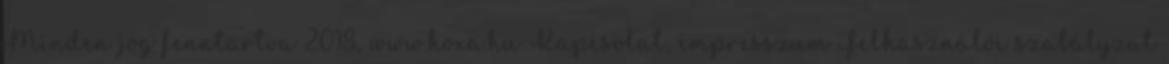
Minden jog fenntartva 2018, www.hoxa.hu Kapcsolat, impresszum Felhasználói szabályzat